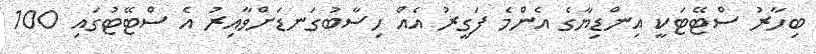
ބިހާރު ސްޓޭޓަކީ އިންޑިޔާގެ އެންމެ ފަގީރު އެއް ހިސާބުގަނޑަށްވާއިރު އެ ސްޓޭޓުގައި 100